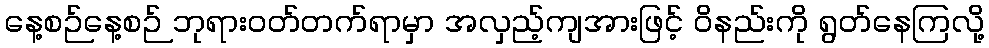
နေ့စဉ်နေ့စဉ် ဘုရားဝတ်တက်ရာမှာ အလှည့်ကျအားဖြင့် ဝိနည်းကို ရွတ်နေကြလို့